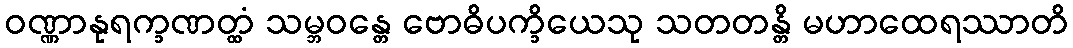
ဝဏ္ဏာနုရက္ခဏတ္ထံ သမ္ဘဝန္တေ ဗောဓိပက္ခိယေသု သတတန္တိ မဟာထေရဿာတိ